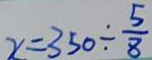
x = 3 5 0 \div \frac { 5 } { 8 }